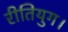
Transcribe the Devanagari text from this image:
रीतियुग।